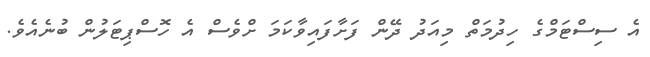
އެ ސިސްޓަމްގެ ހިދުމަތް މިއަދު ދޭން ފަށާފައިވާކަމަ ށްވެސް އެ ހޮސްޕިޓަލުން ބުނެއެވެ.